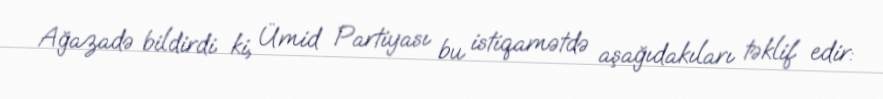
Ağazadə bildirdi ki, Ümid Partiyası bu istiqamətdə aşağıdakıları təklif edir: